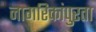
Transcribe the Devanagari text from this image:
नागरिकांपुरता